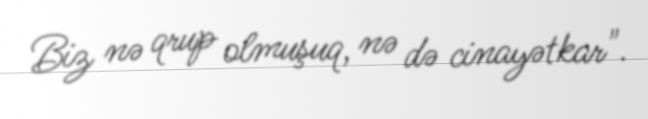
Biz nə qrup olmuşuq, nə də cinayətkar".